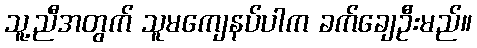
သူ့ညီအတွက် သူမကျေနပ်ပါက ခက်ချေဦးမည်။